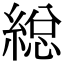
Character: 縂